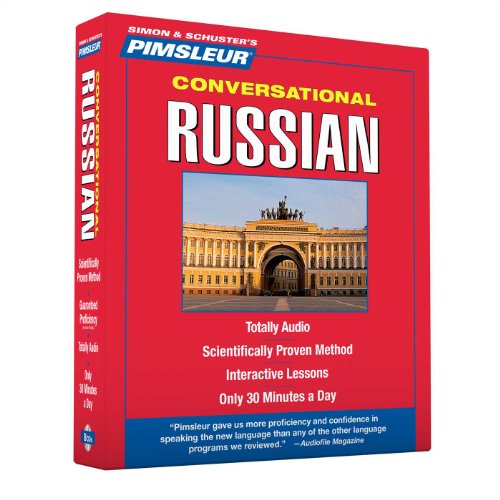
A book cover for Pimsleur Russian Conversational Course - Level 1 Lessons 1-16 CD: Learn to Speak and Understand Russian with Pimsleur Language Programs; Pimsleur; Reference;